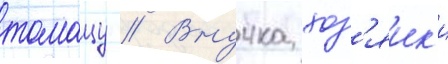
томацу // Внучка хоз'яик'и